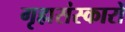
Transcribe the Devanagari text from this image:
गृह्मसंस्कारों